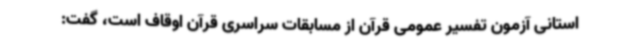
استانی آزمون تفسیر عمومی قرآن از مسابقات سراسری قرآن اوقاف است، گفت: